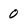
Character: 0